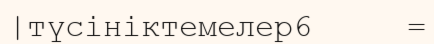
|түсініктемелер6     =